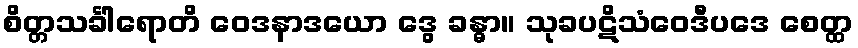
စိတ္တသင်္ခါရောတိ ဝေဒနာဒယော ဒွေ ခန္ဓာ။ သုခပဋိသံဝေဒီပဒေ စေတ္ထ